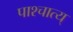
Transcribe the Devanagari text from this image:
पाश्चात्य्